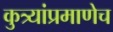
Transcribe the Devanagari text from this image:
कुत्र्यांप्रमाणेच